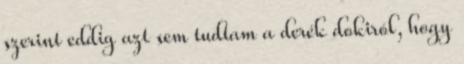
szerint eddig azt sem tudtam a derék dokiról, hogy